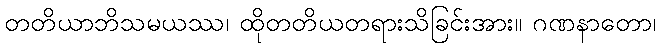
တတိယာဘိသမယဿ၊ ထိုတတိယတရားသိခြင်းအား။ ဂဏနာတော၊